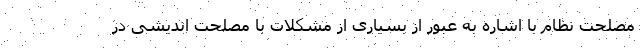
مصلحت نظام با اشاره به عبور از بسیاری از مشکلات با مصلحت اندیشی در